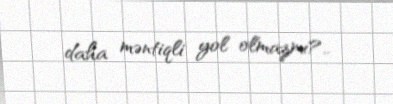
daha məntiqli yol olmazmı?..